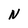
Character: N